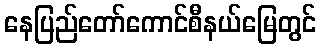
နေပြည်တော်ကောင်စီနယ်မြေတွင်